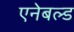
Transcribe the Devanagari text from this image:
एनेबल्ड